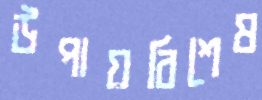
উপায়বিশেষ